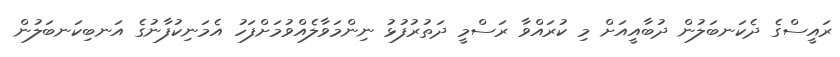
ރައީސްގެ ދެކަނބަލުން ދުބާއީއަށް މި ކުރައްވާ ރަސްމީ ދަތުރުފުޅު ނިންމަވާލެއްވުމަށްފަހު އެމަނިކުފާނުގެ އަނބިކަނބަލުން